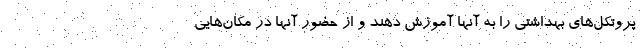
پروتکل‌های بهداشتی را به آنها آموزش دهند و از حضور آنها در مکان‌هایی